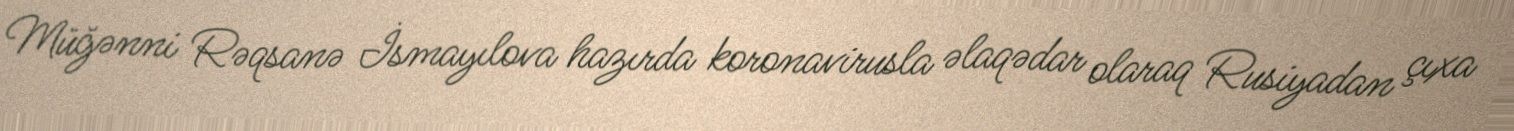
Müğənni Rəqsanə İsmayılova hazırda koronavirusla əlaqədar olaraq Rusiyadan çıxa